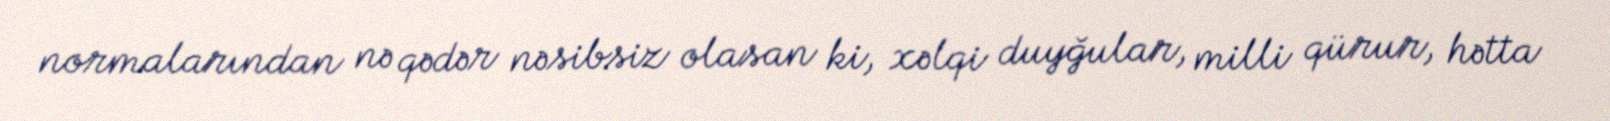
normalarından nə qədər nəsibsiz olasan ki, xəlqi duyğular, milli qürur, hətta